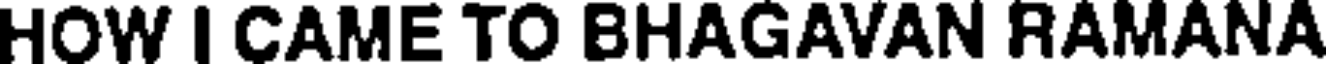
HOW I CAME TO BHAGAVAN RAMANA